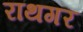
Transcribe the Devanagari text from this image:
राथगर